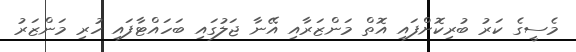
މެސީގެ ކަރު ބުރިކޮށްފައި އޮތް މަންޒަރާއި އޭނާ ޖަލުގައި ބަހައްޓާފައި ހުރި މަންޒަރު